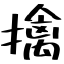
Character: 擒